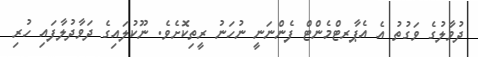
ދުވާލުގެ ވަގުތު އެ އެޕާރޓްމެންޓް ފެންނަނީ ނުހަނު ރީތިކޮށެވެ. ނޫކުލައިގެ ދަވާދުލާފައި ހުރި